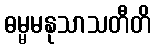
ဓမ္မမနုသာသတီတိ